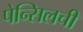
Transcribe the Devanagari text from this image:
पेन्सिलची